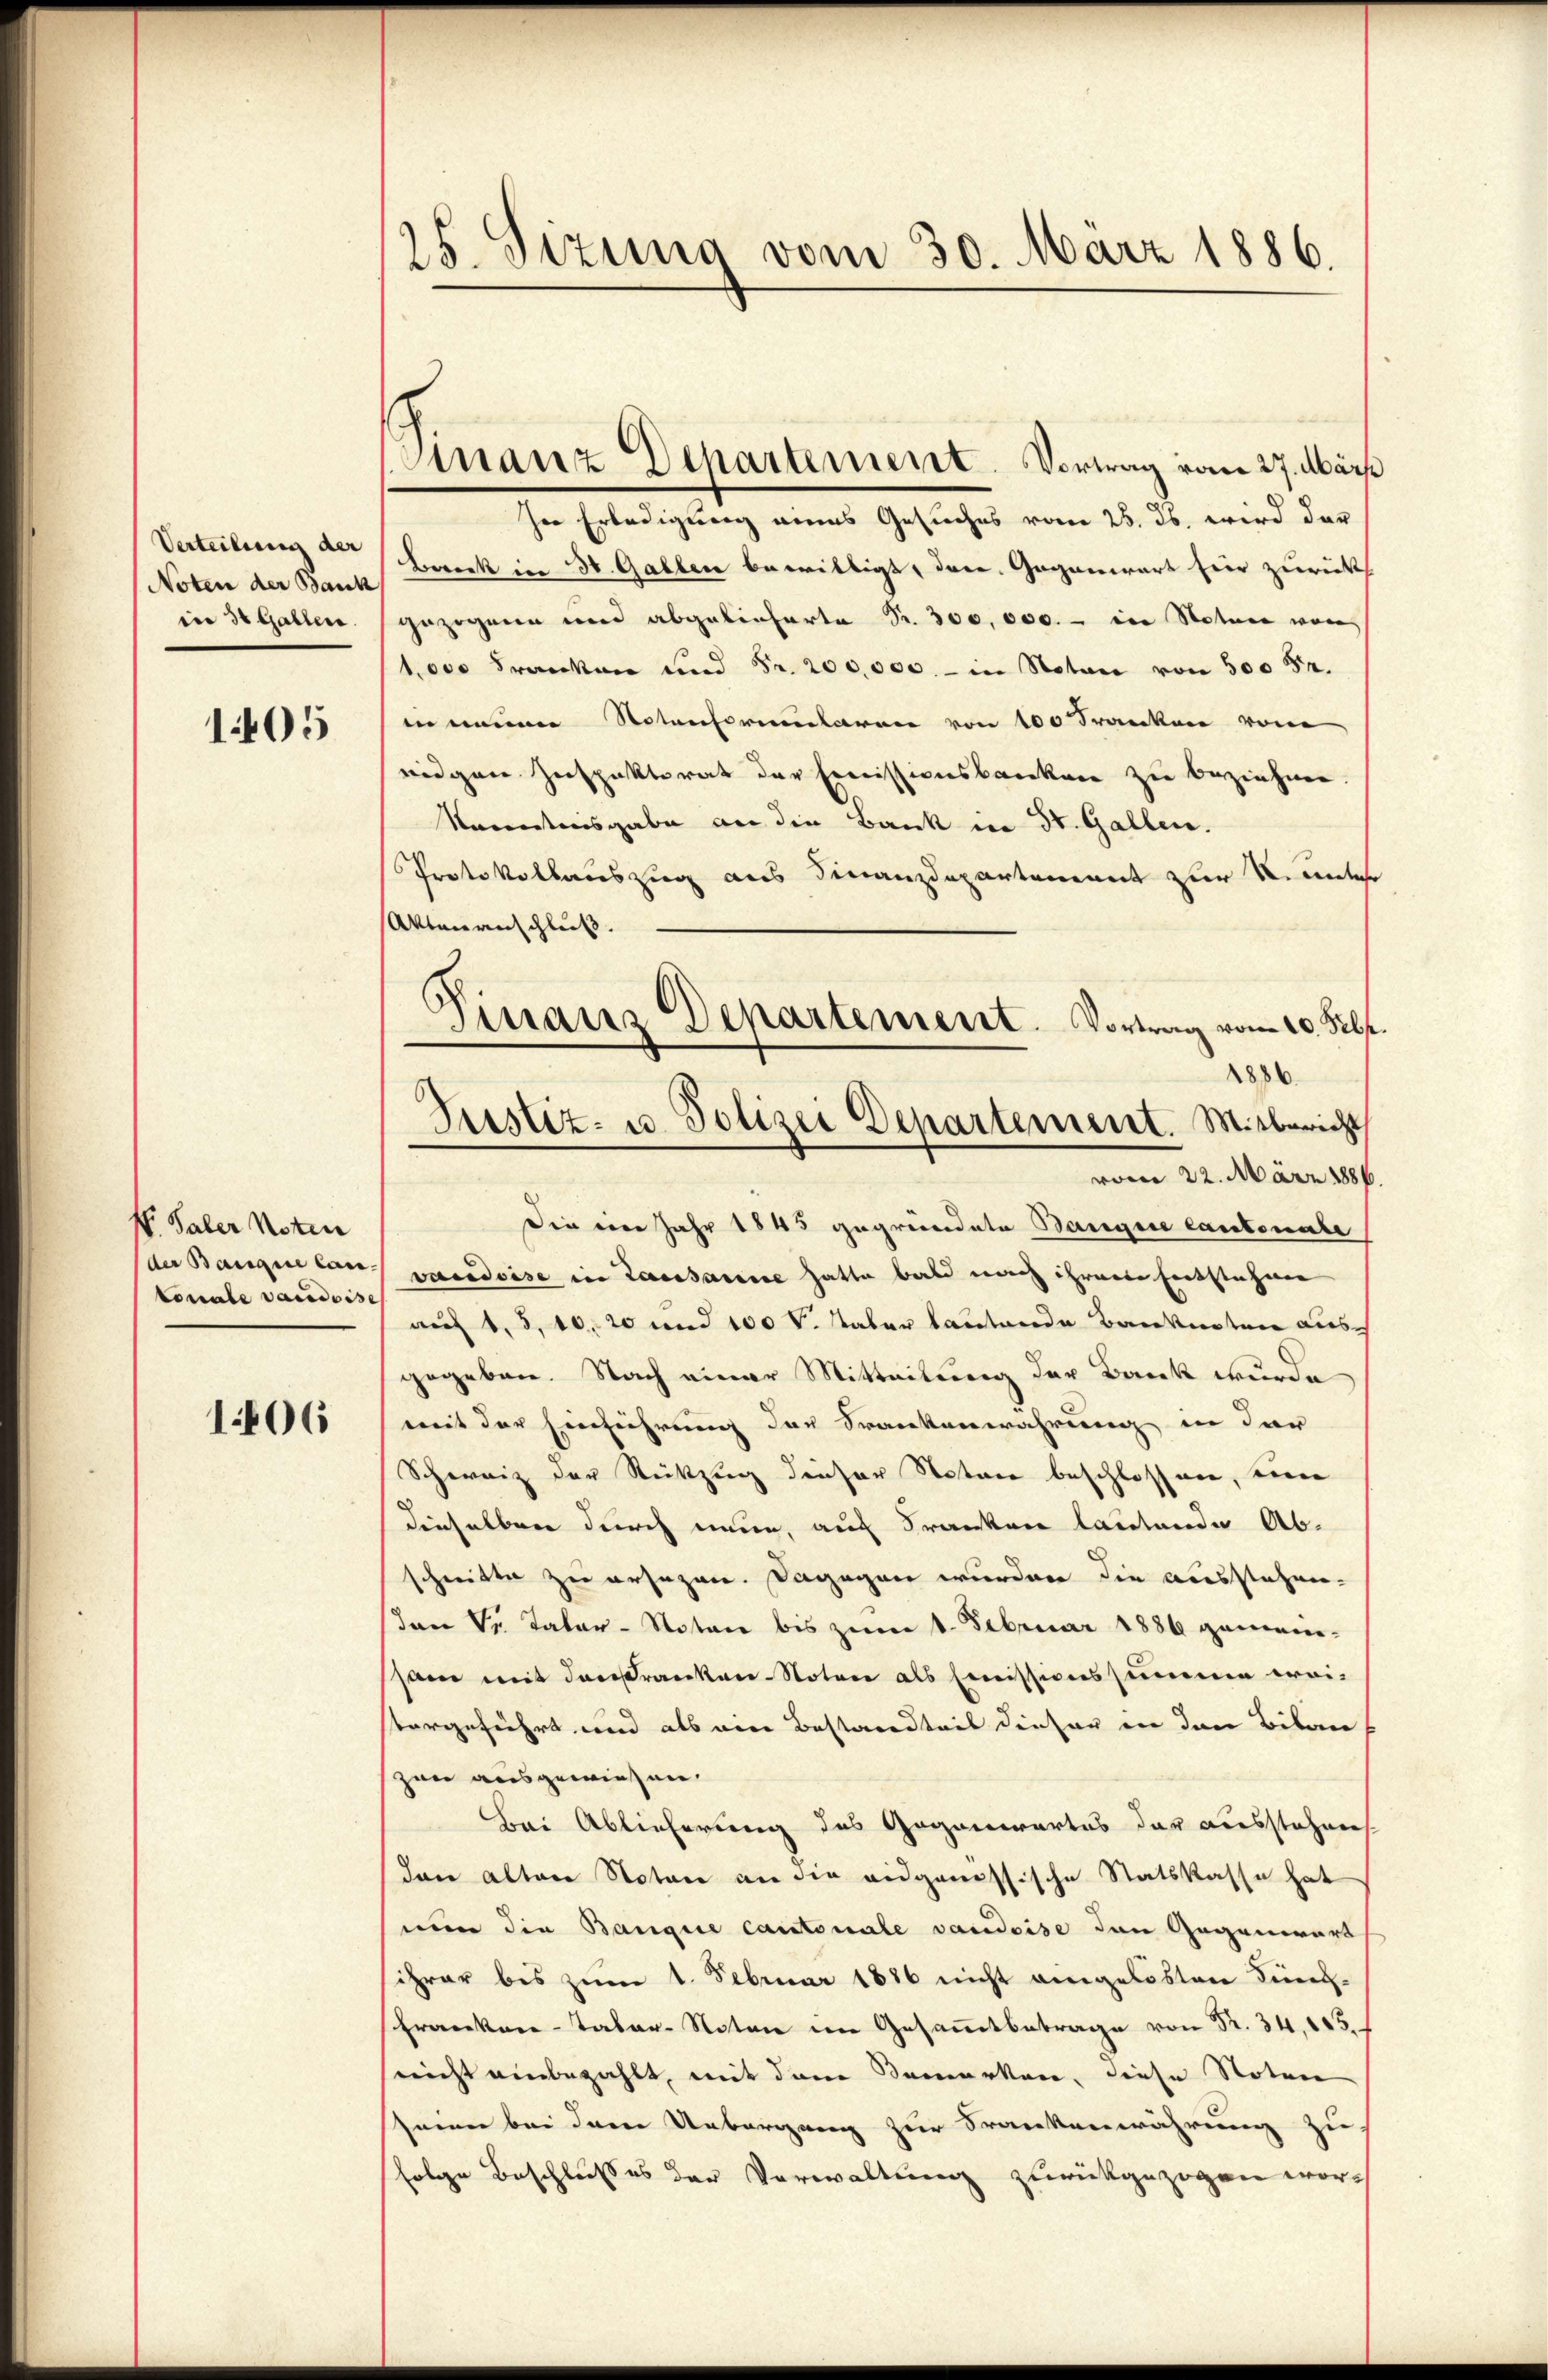
Verteilung der
Noten der Bauk
in 30 Gallen.

1405

V. Paler Noten
der Banque Cantonale vaudois

1406

25. Sizung vom 30. März 1886.

Finanz Departement. Vortrag vom 27. März

In Erledigung eines Gesuches vom 25. ds. wird der
Bereck in 30. Gallen bewilligt, dere. Gegenwart hier zurücks
gezogenen und abgelieferte Sr. 300,000.- in Statuer war
1,000 Franken und Fr. 200,000.- in Notar von 500 52.
in neuen Notenformularen von 100 Franken von
eidgen Inspektorat der Ermissionsbanken zu beziehen
Karentenisgabe an die Bank in St. Gallen.
Protokollauszug aus Finanzdepartement zur R. unter
Aktenanschluß.
1886.
vom 22. März 1886.
Die von Jahr 1843 gegründete Bangere Cantonale
vaudoise in Lausanne hatte bald nach ihrere Entstehen
auf 1, 5, 10, 20 und 100 v. Taber lautende Banknoten aus
gegeben. Nach einer Mitteilung der Bank wurde
mit der Einführung das Krankenwahrung in dar
Schweiz der Rückzug dieser Notare beschlossen, eine
dieselben durch neue, auf Franken lautende Ab-
schritte zu ersezen. Dagegen wurden die ausstehen-
an Sr. Vater-Notare bis zum 1. Februar 1886 gemein-
sam mit darkranken-Noten als Comissionssumme wei-
vorgeführt wird als eine Bestandteil dieser in den Bibane
zan ausgewiesen.
Bei Ablieferung des Gegenwartes der ausstehen.
dan alten Notar an die eidgenössische Statskasse hat
nun die Bangie cantonale vaudoise den Gegenwart
sihrer bis zum 1. Februar 1886 nicht angelösten Küng¬
Franken-Taber-Noten im Gesammtbetrage
nicht einbezahlt, mit dem Bemerken, diese Noten
seien bei dem Uebergang zur Frankenwährung zu
folge Beschlußes der Verwaltung zurückgezogen wor-

.
Finanz Departement. Vortrag vom 20. Febr.
Justiz- u. Polizei Departement. Mitbericht